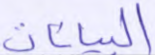
البيانات